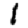
Digit: 1